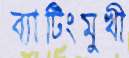
ব্যাটিংমুখী